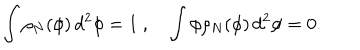
\int \rho _ { N } ( \phi ) \, d ^ { 2 } \phi = 1 \ , \quad \int \phi \rho _ { N } ( \phi ) \, d ^ { 2 } \phi = 0 .